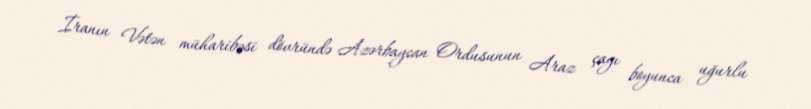
İranın Vətən müharibəsi dövründə Azərbaycan Ordusunun Araz çayı boyunca uğurlu